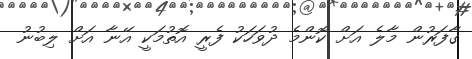
ގާފަރުން މާލެ އަށް ކޮންމެ ދުވަހަކު ފެރީ އޮތުމަކީ އޭނާ އަށް ލިބުނު